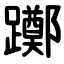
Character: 躑